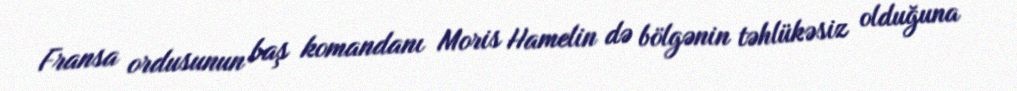
Fransa ordusunun baş komandanı Moris Hamelin də bölgənin təhlükəsiz olduğuna